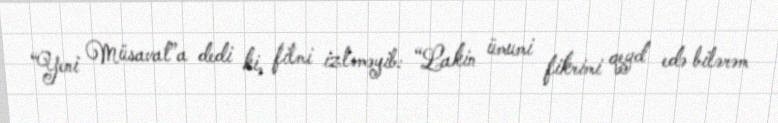
“Yeni Müsavat”a dedi ki, filmi izləməyib: “Lakin ümumi fikrimi qeyd edə bilərəm